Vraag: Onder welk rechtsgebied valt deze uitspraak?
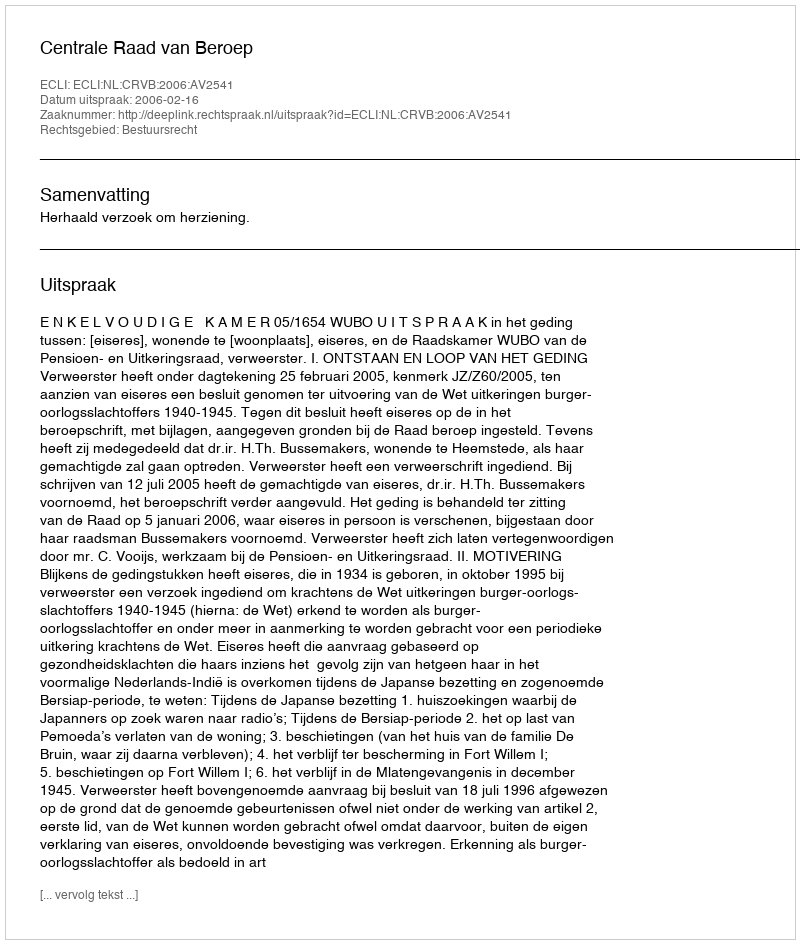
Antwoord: Bestuursrecht